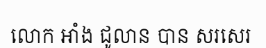
លោក អាំង ជូលាន បាន សរសេរ